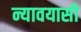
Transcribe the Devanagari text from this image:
न्यावयासी